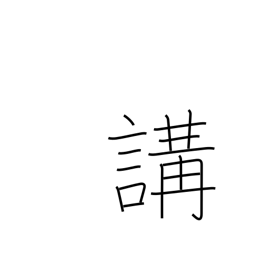
Meaning: club